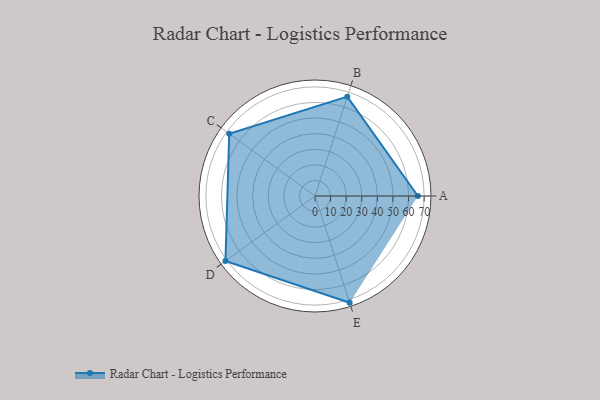
{"axis": {"x": "Skill", "y": "Score"}, "legend": ["Profile"], "data": [{"x": "A", "y": 66.0, "type": "Profile"}, {"x": "B", "y": 67.0, "type": "Profile"}, {"x": "C", "y": 68.0, "type": "Profile"}, {"x": "D", "y": 71.0, "type": "Profile"}, {"x": "E", "y": 72.0, "type": "Profile"}]}